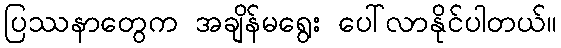
ပြဿနာတွေက အချိန်မရွေး ပေါ်လာနိုင်ပါတယ်။